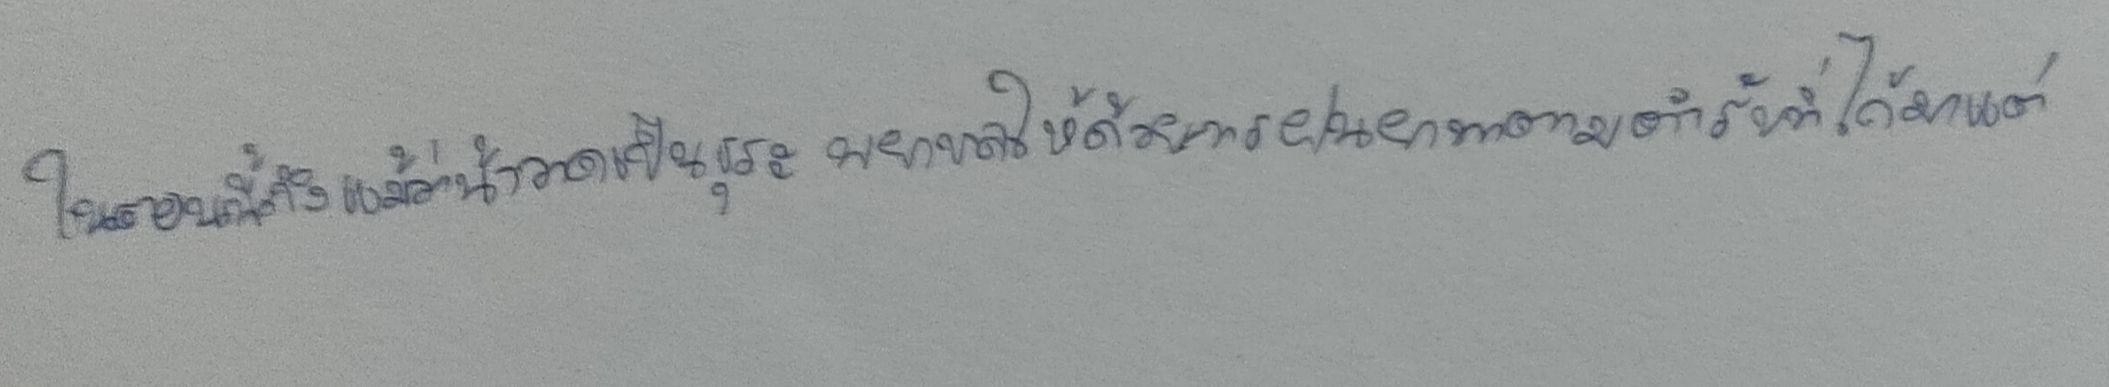
ในตอนนี้ถึงแม้ว่าน้าวาดเป็นธุระพยาบาลให้ด้วยการฝนยาทาตามตำรับที่ได้มาแต่